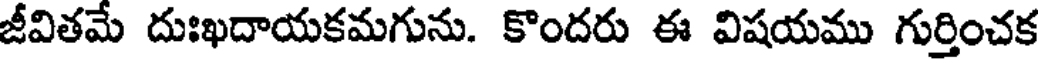
జీవితమే దుఃఖదాయకమగును. కొందరు ఈ విషయము గుర్తించక